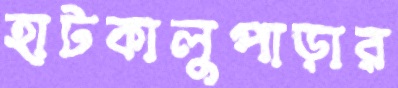
হাটকালুপাড়ার